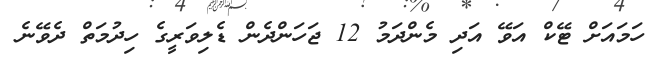
ހަމައަށް ޓޭކް އަވޭ އަދި މެންދަމު 12 ޖަހަންދެން ޑެލިވަރީގެ ހިދުމަތް ދެވޭނެ